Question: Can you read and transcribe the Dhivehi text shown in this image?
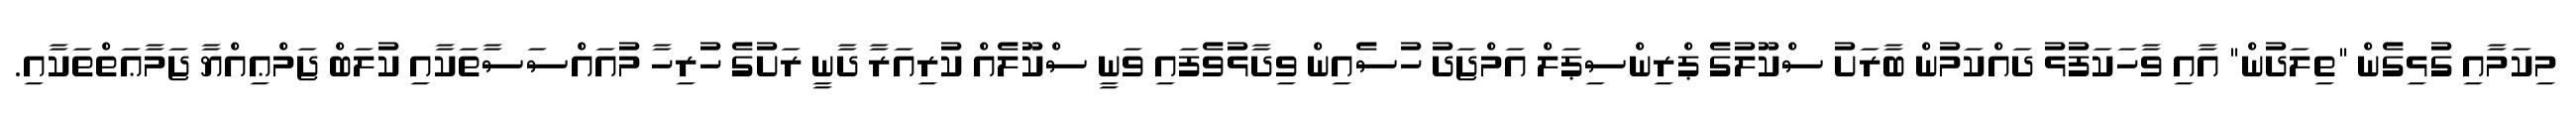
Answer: މިކަމާއި ގުޅިގެން "ތިލަދުން" އާއި ވާހަކަފުޅު ދައްކަމުން ބާރަށު ސްކޫލުގެ ޕްރިންސިޕަލް އަމްޖަދު ހުސެއިން ވިދާޅުވެފައި ވަނީ ސްކޫލެއް ކުރިއަރާ ދާނީ ރަށުގެ ހުރިހާ މުއައްސަސާތަކާއި ކުލަބް ޖަމްޢިއްޔާ ޖަމާޢަތްތަކާއި.